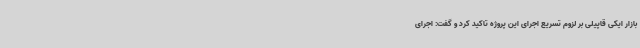
بازار ایکی قاپیلی بر لزوم تسریع اجرای این پروژه تاکید کرد و گفت: اجرای